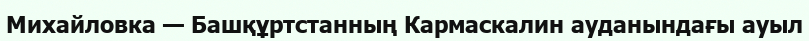
Михайловка — Башқұртстанның Кармаскалин ауданындағы ауыл